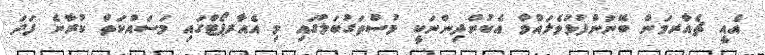
އެއީ ޗެއާރމަން ބޭނުންފުޅުވެލައްވާ އެކުންދިންނަކީ މުސްތަގުބަލުގައި މި އެއާރޕޯޓްގައި މަސައްކަތް ކުރާނެ ފަދަ